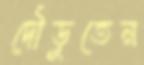
দৌড়ুতেন